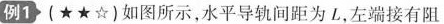
例1 (★★☆)如图所示，水平导轨间距为L，左端接有阻